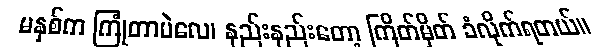
မနှစ်က ကြုံတာပဲလေ၊ နည်းနည်းတော့ ကြိတ်မှိတ် ခံလိုက်ရတယ်။